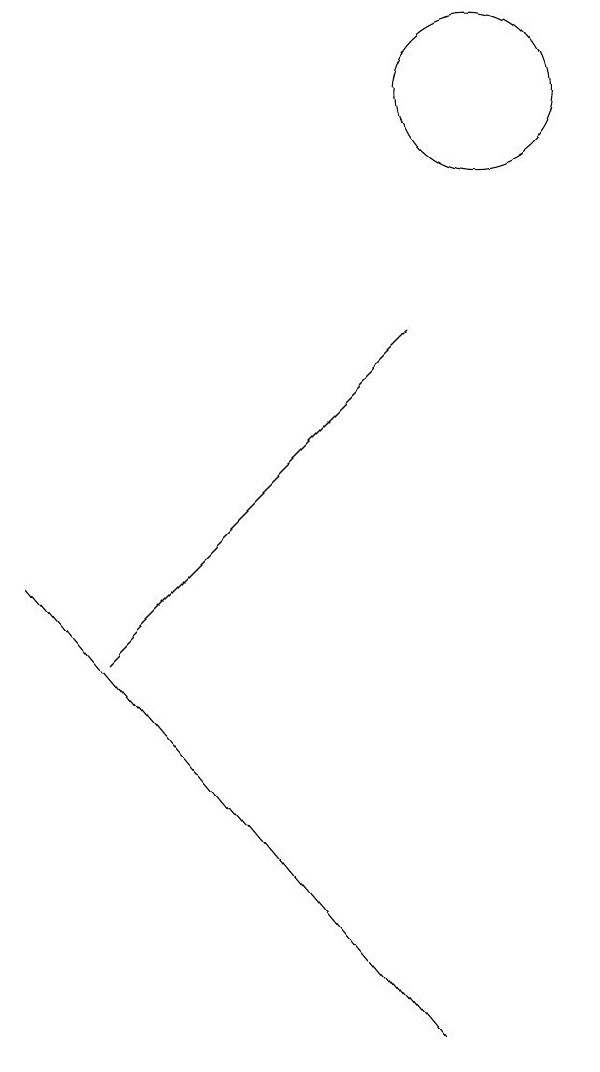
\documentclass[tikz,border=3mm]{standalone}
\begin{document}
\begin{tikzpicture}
\draw (9,9) -- (5,5) -- (9,9) -- cycle;
\draw (10,12) circle (1);
\draw (9,0) -- (4,6) -- (9,0) -- cycle;
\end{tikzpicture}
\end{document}